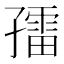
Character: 𱚀